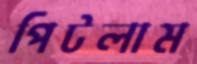
পিটলাম